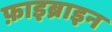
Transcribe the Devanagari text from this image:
फ़ाइब्राइन